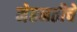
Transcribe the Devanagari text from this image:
मेहनतीचे